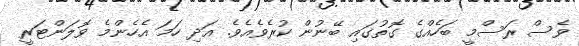
ވެސް ރަސްމީ ބަހެއްގެ ގޮތުގައި ބޭނުން ކުރެވެއެވެ. އަދި ހަމަ އެހެންމެ ވޮލަންޓަރީ